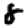
Digit: 8